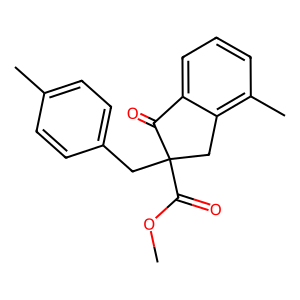
SMILES: COC(=O)C1(Cc2ccc(C)cc2)Cc2c(C)cccc2C1=O
Inhibits HIV replication: No